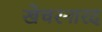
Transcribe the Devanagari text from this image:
खेचरनारद